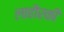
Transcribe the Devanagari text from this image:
लाहौरकी